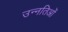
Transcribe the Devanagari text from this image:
उन्नतिओं